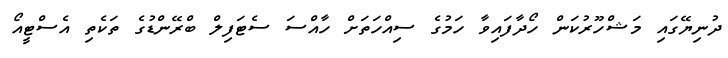
ދުނިޔޭގައި މަޝްހޫރުކަން ހޯދާފައިވާ ހަމުގެ ސިއްހަތަށް ހާއްސަ ސެޓަފިލް ބްރޭންޑުގެ ތަކެތި އެސްޓީއޯ